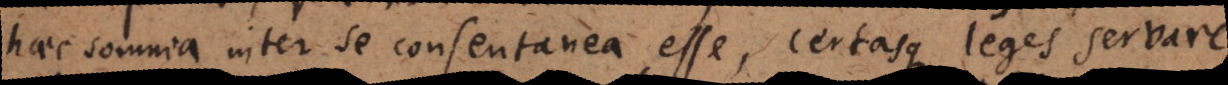
haec somnia inter se consentanea esse, certasque leges servare